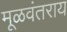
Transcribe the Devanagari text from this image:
मूळवंतराय